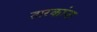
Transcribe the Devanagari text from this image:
तारकांना